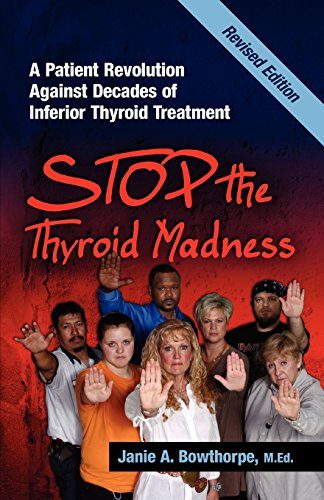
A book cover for Stop the Thyroid Madness: A Patient Revolution Against Decades of Inferior Treatment; Janie A. Bowthorpe; Health, Fitness & Dieting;